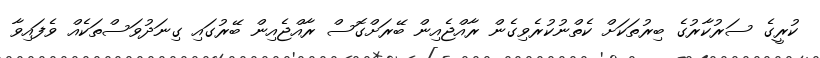
ކުރީގެ ސަރުކާރުގެ ބިރުތަކަށް ކެތްނުކުރެވިގެން ރާއްޖެއިން ބޭރަށްގޮސް ރާއްޖެއިން ބޭރުގައި ގިނަދުވަސްތަކެއް ވެފައިވާ